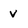
Character: v